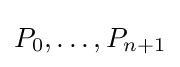
P_{0},\ldots ,P_{n+1}